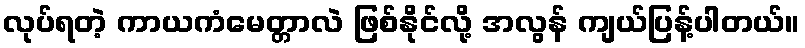
လုပ်ရတဲ့ ကာယကံမေတ္တာလဲ ဖြစ်နိုင်လို့ အလွန် ကျယ်ပြန့်ပါတယ်။